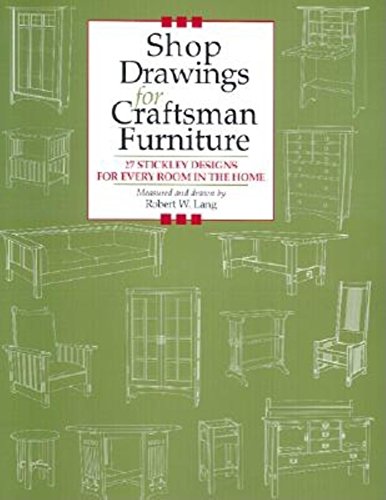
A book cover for Shop Drawings for Craftsman Furniture: 27 Stickley Designs for Every Room in the Home (Shop Drawings series); Robert Lang; Crafts, Hobbies & Home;